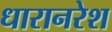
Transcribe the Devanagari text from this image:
धारानरेश